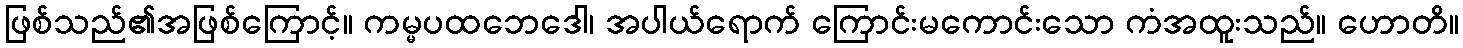
ဖြစ်သည်၏အဖြစ်ကြောင့်။ ကမ္မပထဘေဒေါ၊ အပါယ်ရောက် ကြောင်းမကောင်းသော ကံအထူးသည်။ ဟောတိ။